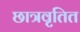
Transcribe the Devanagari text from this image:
छात्रवृतित